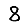
Digit: 8